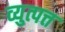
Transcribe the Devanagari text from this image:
व्युत्पत्त